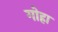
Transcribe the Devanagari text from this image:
गोहा